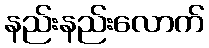
နည်းနည်းလောက်